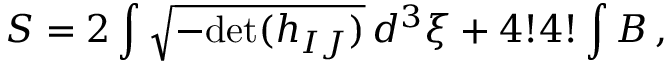
S = 2 \int \sqrt { - \mathrm { d e t } ( h _ { I J } ) } \, d ^ { 3 } \xi + 4 ! 4 ! \int B \, ,